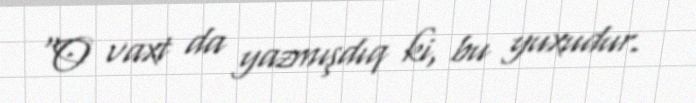
“O vaxt da yazmışdıq ki, bu yuxudur.